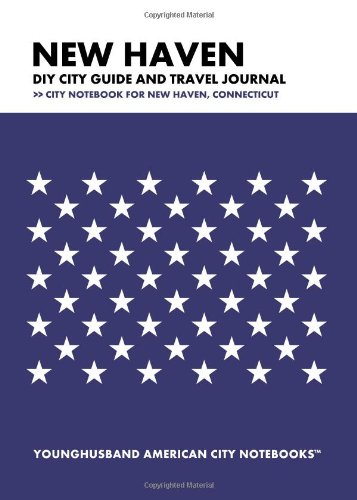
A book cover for New Haven DIY City Guide and Travel Journal: City Notebook for New Haven, Connecticut; Younghusband American City Notebooks; Travel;